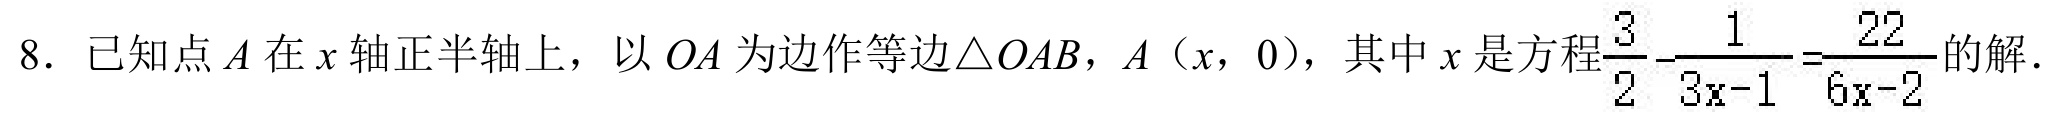
8. 已知点\(A\)在\(x\)轴正半轴上，以\(OA\)为边作等边\(\triangle OAB\)，\(A(x,0)\)，其中\(x\)是方程\(\frac{3}{2}-\frac{1}{3x - 1}=\frac{22}{6x - 2}\)的解.